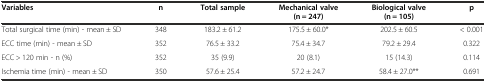
<table><thead><tr><td><b>Variables</b></td><td><b>n</b></td><td><b>Total sample</b></td><td><b>Mechanical valve (n = 247)</b></td><td><b>Biological valve (n = 105)</b></td><td><b>p</b></td></tr></thead><tbody><tr><td>Total surgical time (min) - mean ± SD</td><td>348</td><td>183.2 ± 61.2</td><td>175.5 ± 60.0*</td><td>202.5 ± 60.5</td><td>&lt; 0.001</td></tr><tr><td>ECC time (min) - mean ± SD</td><td>352</td><td>76.5 ± 33.2</td><td>75.4 ± 34.7</td><td>79.2 ± 29.4</td><td>0.322</td></tr><tr><td>ECC &gt; 120 min - n (%)</td><td>352</td><td>35 (9.9)</td><td>20 (8.1)</td><td>15 (14.3)</td><td>0.114</td></tr><tr><td>Ischemia time (min) - mean ± SD</td><td>350</td><td>57.6 ± 25.4</td><td>57.2 ± 24.7</td><td>58.4 ± 27.0**</td><td>0.691</td></tr></tbody></table>